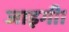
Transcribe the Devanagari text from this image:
जाइगी।